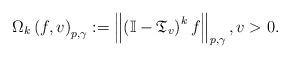
LaTeX: \begin{align*}\Omega _{k}\left( f,v\right) _{p,\gamma }:=\left\Vert \left( \mathbb{I}-\mathfrak{T}_{v}\right) ^{k}f\right\Vert _{p,\gamma },v>0. \end{align*}